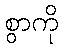
စွာကို